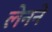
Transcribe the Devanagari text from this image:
लेनने